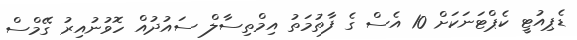
ޑެޕިއުޓީ ކެޕްޓަނަކަށް 10 އެސް ގެ ފާތުމަތު އިމްތިސާލް ސައުދުއް ހޮވުނުއިރު ގޭމްސް